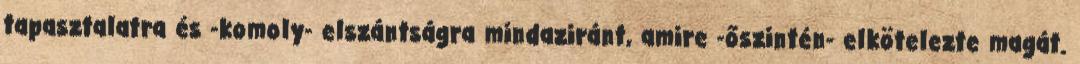
tapasztalatra és -komoly- elszántságra mindaziránt, amire -őszintén- elkötelezte magát.